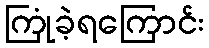
ကြုံခဲ့ရကြောင်း